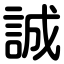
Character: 誠